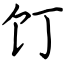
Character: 饤